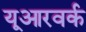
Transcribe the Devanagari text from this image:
यूआरवर्क